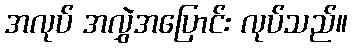
အလုပ် အလွှဲအပြောင်း လုပ်သည်။